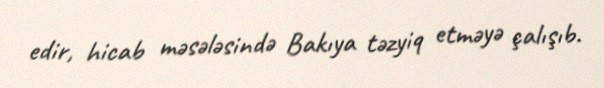
edir, hicab məsələsində Bakıya təzyiq etməyə çalışıb.